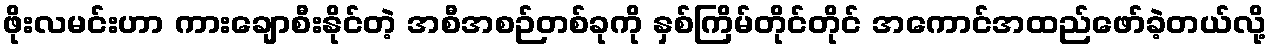
ဖိုးလမင်းဟာ ကားချောစီးနိုင်တဲ့ အစီအစဉ်တစ်ခုကို နှစ်ကြိမ်တိုင်တိုင် အကောင်အထည်ဖော်ခဲ့တယ်လို့